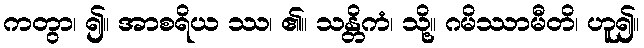
ကတွာ၊ ၍။ အာစရိယ ဿ၊ ၏။ သန္တိကံ၊ သို့။ ဂမိဿာမီတိ၊ ဟူ၍။